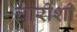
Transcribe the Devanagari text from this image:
घारीशी